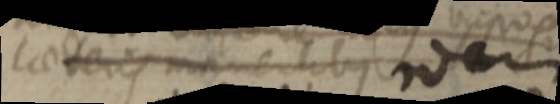
laeteris manentibus idem